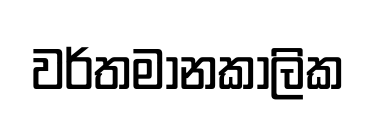
වර්තමානකාලික